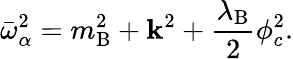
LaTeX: \bar{\omega}_{\alpha}^{2}=m_{\mathrm{B}}^{2}+{\mathbf k}^{2}+\frac{\lambda_{\mathrm{B}}}{2}\phi_{c}^{2}.